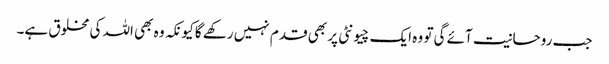
جب روحانیت آئے گی تو وہ ایک چیونٹی پر بھی قدم نہیں رکھے گا کیونکہ وہ بھی اللہ کی مخلوق ہے۔